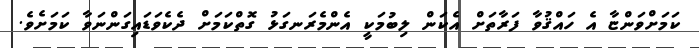
ކަމަށްވަންޏާ އެ ހައްޤުވާ ފަރާތަށް އެކަން ލިބުމަކީ އެންމެރަނގަޅު ގޮތްކަމަށް ދެކެވަޑައިގަންނަވާ ކަމަށެވެ.